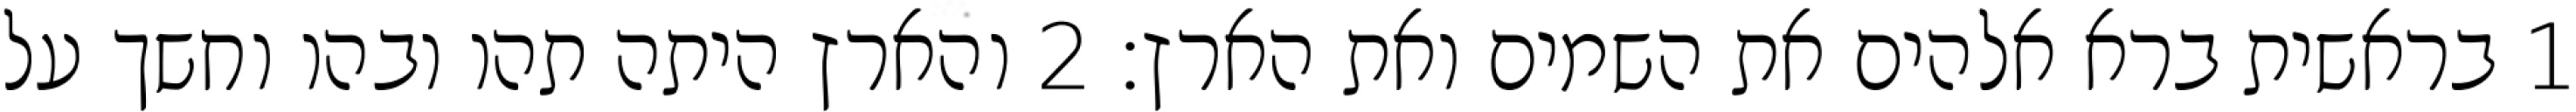
1 בראשית ברא אלהים את השמים ואת הארץ׃ ‎2‏ והארץ היתה תהו ובהו וחשך על